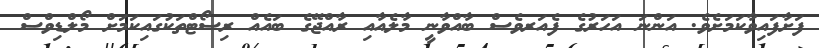
ފަށާފައިވާކަމަށެވެ. އަންނަ އަހަރުގެ ފެއަރވެސް ބާއްވާނީ މާލެއާއި ރާއްޖޭގެ ބައެއް ރިސޯޓްތަކުގައިކަމަށް މޯލްޑިވްސް